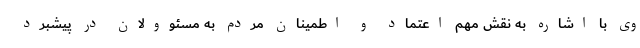
وی با اشاره به نقش مهم اعتماد و اطمینان مردم به مسئوولان در پیشبرد